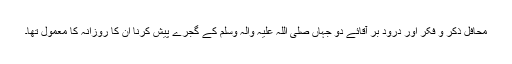
محافلِ ذکر و فکر اور درود بر آقائے دو جہاں صلی اللہ علیہ والہ وسلم کے گجرے پیش کرنا ان کا روزانہ کا معمول تھا۔